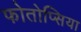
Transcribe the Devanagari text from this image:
फोतोप्सिया